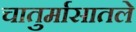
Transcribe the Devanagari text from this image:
चातुर्मासातले